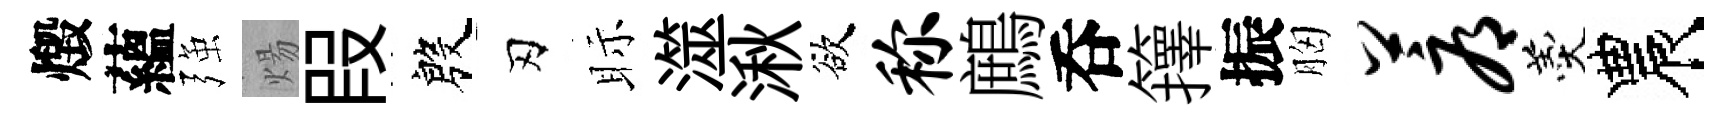
燬蘊强煬叚殷刃眎澨湫欲称鷓呑籜振胸蓐羹農